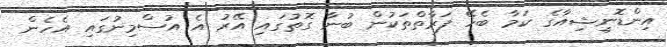
އިންޑޮނީޝިއާގެ ކަމާ ބެހޭ ފަރާތްތަކުން ބުނާ ގޮތުގައި އޭރު އެ އުސްމިނުގައި އެހެން